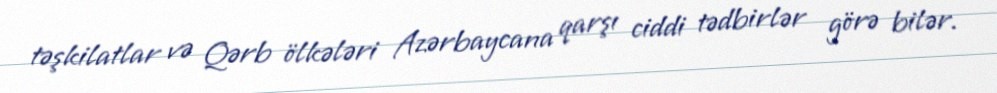
təşkilatlar və Qərb ölkələri Azərbaycana qarşı ciddi tədbirlər görə bilər.